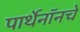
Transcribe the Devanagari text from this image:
पार्थेनॉनचे